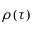
\rho ( \tau )